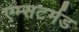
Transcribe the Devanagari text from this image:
एम्सटर्मड